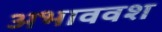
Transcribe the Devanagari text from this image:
अभाववश